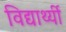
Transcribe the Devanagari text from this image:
विद्यार्थ्यी